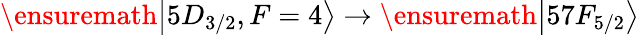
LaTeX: \ensuremath{\left\vert 5D_{3/2},F=4\right\rangle}\rightarrow\ensuremath{\left\vert 57F_{5/2}\right\rangle}